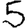
Digit: 5